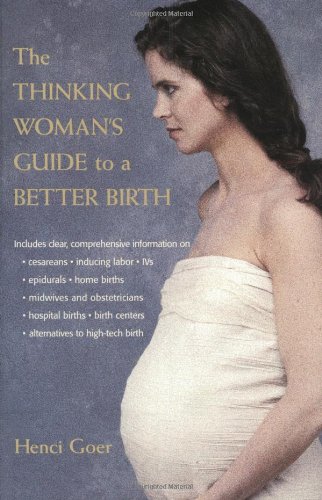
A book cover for The Thinking Woman's Guide to a Better Birth; Henci  Goer; Parenting & Relationships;